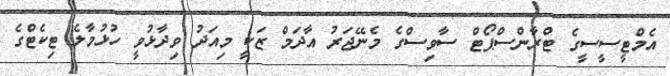
އެމްޓީސީސީގެ ޓްރާންސްޕޯޓް ސާވިސްގެ މެނޭޖަރު އާދަމް ޒަކީ މިއަދު ވިދާޅުވީ ހުޅުމާލެ ޓިކެޓްގެ